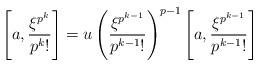
LaTeX: \begin{align*}\left[a,\frac{\xi^{p^k}}{p^k!}\right]=u \left(\frac{\xi^{p^{k-1}}}{p^{k-1}!}\right)^{p-1} \left[a,\frac{\xi^{p^{k-1}}}{p^{k-1}!}\right]\end{align*}